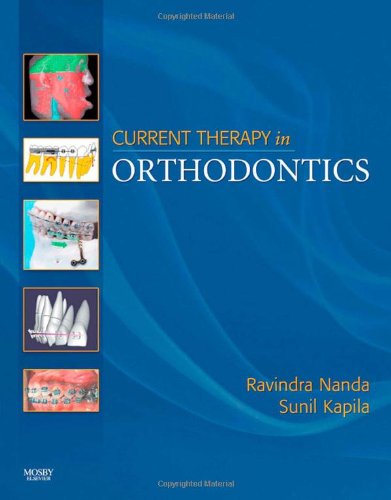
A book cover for Current Therapy in Orthodontics, 1e; Ravindra Nanda BDS  MDS  PhD; Medical Books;